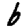
Digit: 6